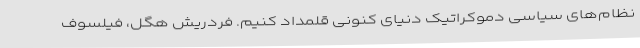
نظام‌های سیاسی دموکراتیک دنیای کنونی قلمداد کنیم. فردریش هگل، فیلسوف